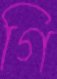
গি